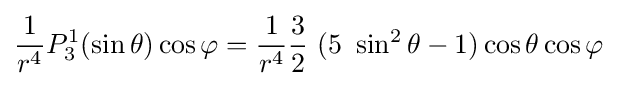
{\frac {1}{r^{4}}}P_{3}^{1}(\sin \theta )\cos \varphi ={\frac {1}{r^{4}}}{\frac {3}{2}}\ (5\ \sin ^{2}\theta -1)\cos \theta \cos \varphi